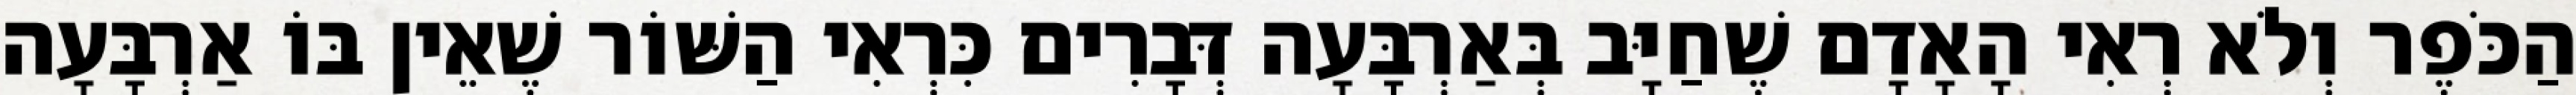
הַכֹּפֶר וְלֹא רְאִי הָאָדָם שֶׁחַיָּב בְּאַרְבָּעָה דְּבָרִים כִּרְאִי הַשּׁוֹר שֶׁאֵין בּוֹ אַרְבָּעָה